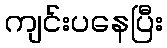
ကျင်းပနေပြီး